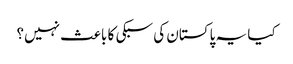
کیا یہ پاکستان کی سبکی کا باعث نہیں؟